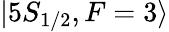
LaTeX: |5S_{1/2},F=3\rangle